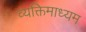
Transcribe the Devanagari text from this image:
व्यक्तिमाध्यम